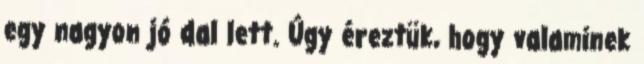
egy nagyon jó dal lett. Úgy éreztük, hogy valaminek